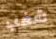
شغب